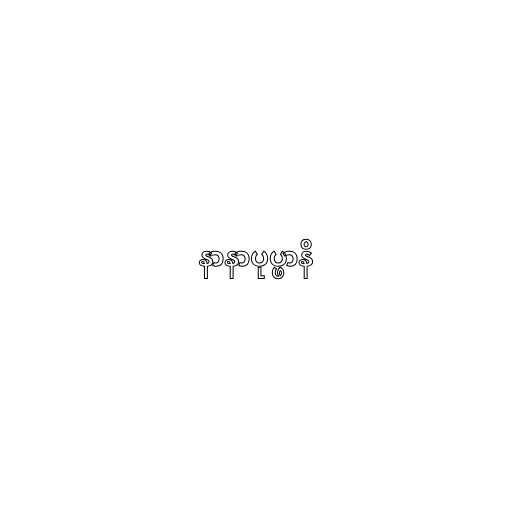
နာနာပုပ္ဖာနိ